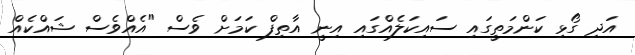
އަދި ގޯޅި ކަންމަތީގައި ސައިކަލެއްގައި އިނީ އާތިފް ކަމަށް ވެސް "އެއްވެސް ޝައްކެއް